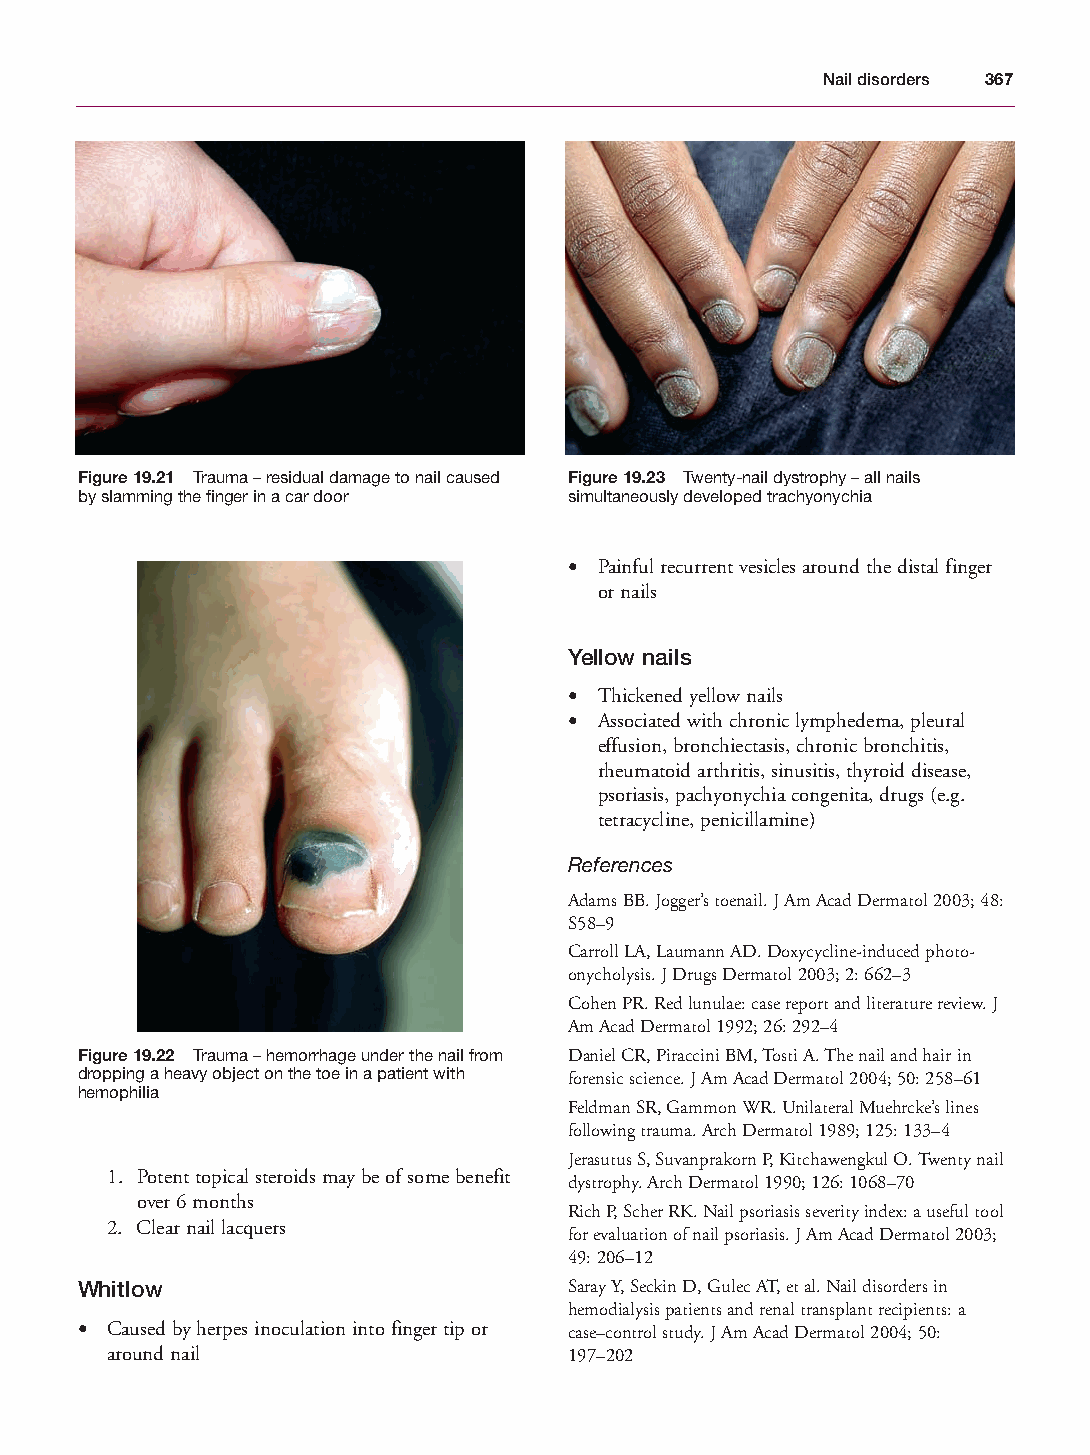
Mallory Chapter 19 27/1/05 3:08 pm Page 367
 Nail disorders 367
 Figure 19.21 Trauma – residual damage to nail caused Figure 19.23 Twenty-nail dystrophy – all nails
 by slamming the finger in a car door simultaneously developed trachyonychia
 • Painful recurrent vesicles around the distal finger
 or nails
 Yellow nails
 • Thickened yellow nails
 • Associated with chronic lymphedema, pleural
 effusion, bronchiectasis, chronic bronchitis,
 rheumatoid arthritis, sinusitis, thyroid disease,
 psoriasis, pachyonychia congenita, drugs (e.g.
 tetracycline, penicillamine)
 References
 Adams BB. Jogger’s toenail. J Am Acad Dermatol 2003; 48:
 S58–9
 Carroll LA, Laumann AD. Doxycycline-induced photo-
 onycholysis. J Drugs Dermatol 2003; 2: 662–3
 Cohen PR. Red lunulae: case report and literature review. J
 Am Acad Dermatol 1992; 26: 292–4
 Figure 19.22 Trauma – hemorrhage under the nail from Daniel CR, Piraccini BM, Tosti A. The nail and hair in
 dropping a heavy object on the toe in a patient with forensic science. J Am Acad Dermatol 2004; 50: 258–61
 hemophilia
 Feldman SR, Gammon WR. Unilateral Muehrcke’s lines
 following trauma. Arch Dermatol 1989; 125: 133–4
 Jerasutus S, Suvanprakorn P, Kitchawengkul O. Twenty nail
 1. Potent topical steroids may be of some benefit
 dystrophy. Arch Dermatol 1990; 126: 1068–70
 over 6 months
 Rich P, Scher RK. Nail psoriasis severity index: a useful tool
 2. Clear nail lacquers
 for evaluation of nail psoriasis. J Am Acad Dermatol 2003;
 49: 206–12
 Whitlow                          Saray Y, Seckin D, Gulec AT, et al. Nail disorders in
 hemodialysis patients and renal transplant recipients: a
 • Caused by herpes inoculation into finger tip or case–control study. J Am Acad Dermatol 2004; 50:
 around nail                    197–202